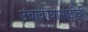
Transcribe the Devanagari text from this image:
उंचावण्यासाठीची